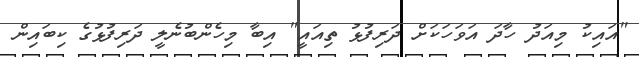
"އައިކު މިއަދު ހާދަ އަވަހަކަށް ދަރިފުޅު ތިއައީ" އިބާ މިހެންބުނެލީ ދަރިފުޅުގެ ކިބައިން